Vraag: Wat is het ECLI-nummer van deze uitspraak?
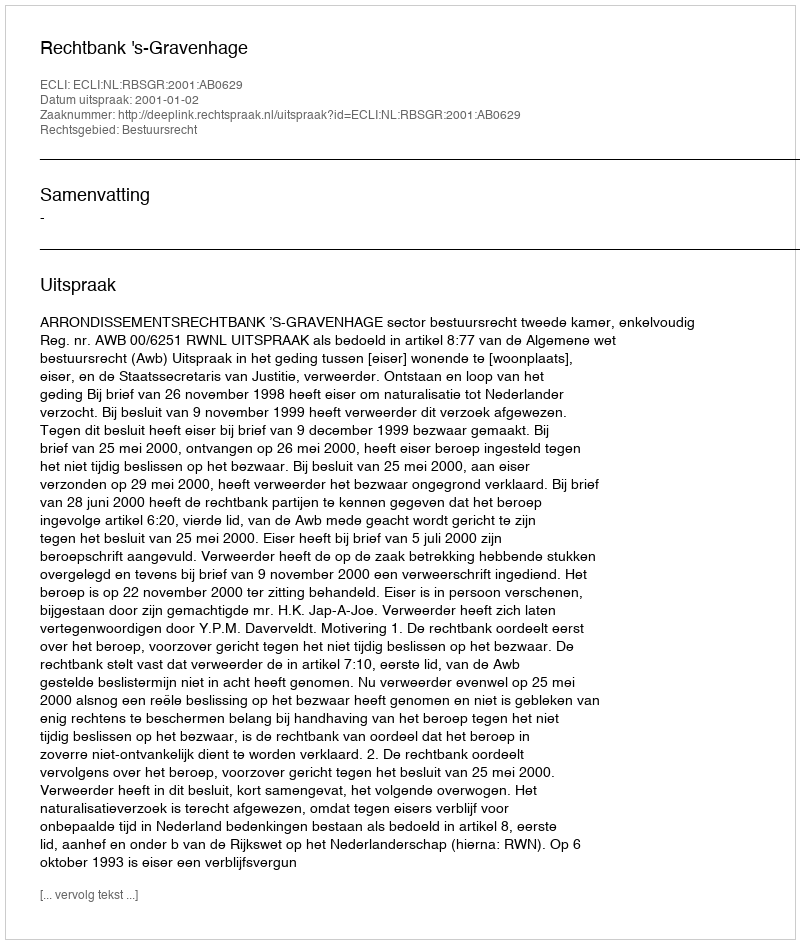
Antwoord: ECLI:NL:RBSGR:2001:AB0629